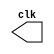
/*
-------------------------------------
PUC-Minas - Cincia da Computao 
ARQ1  Guia 06 
Perodo: 05-09/09/2011 
Mateus Augusto Moraes Ferreira   Matricula:435669
------------------------------------- 
Tema: Introduo  linguagem Verilog 
Atividade: Circuitos sequenciais 
------------------------------------------------
01.) Projetar e descrever em Verilog um mdulo 
gerador de clock . 
O nome do arquivo dever ser Exemplo0061.v, 
e poder seguir o modelo descrito abaixo. 
Incluir previso de testes e verificao da 
carta de tempo usando GTKWave. 
------------------------------------------------
*/
 
// --------------------------- 
// -- test clock generator (1) 
// --------------------------- 
 
module clock ( clk ); 
 output clk; 
 reg      clk; 
 
 initial 
  begin 
   clk = 1'b0; 
  end 
 
 always 
  begin 
   #12 clk = ~clk; 
  end 
 
endmodule // clock ( ) 
 
module Exemplo0061; 
 
 wire  clk; 
 clock CLK1 ( clk ); 
 
 initial begin 
  $display  ("Mateus Augusto Moraes Ferreira   Matricula:435669");
  $dumpfile ( "Exemplo0061.vcd" ); 
  $dumpvars; 
 
  #120 $finish; 
 end 
 
endmodule // Exemplo0061 ( )